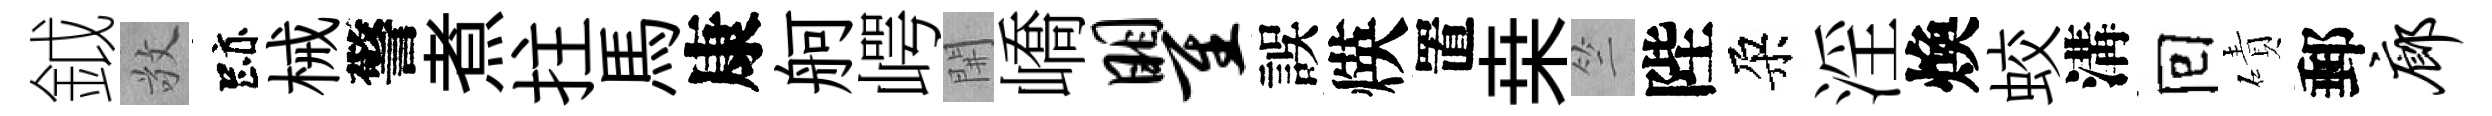
鉞敬跡械警煮拄馬康舸崿𨳩嶠瞿誤煐置桒竺陛朶淫煥蛟溝囘磧郵廊